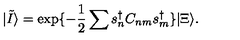
| \tilde { I } \rangle = \exp \{ - \frac 1 2 \sum s _ { n } ^ { \dag } C _ { n m } s _ { m } ^ { \dag } \} | \Xi \rangle .